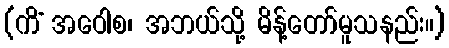
(ကိံ အဝေါစ၊ အဘယ်သို့ မိန့်တော်မူသနည်း။)